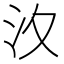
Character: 汷